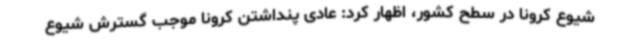
شیوع کرونا در سطح کشور، اظهار کرد: عادی پنداشتن کرونا موجب گسترش شیوع